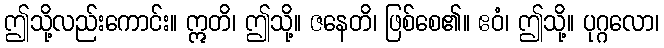
ဤသို့လည်းကောင်း။ ဣတိ၊ ဤသို့။ ဇနေတိ၊ ဖြစ်စေ၏။ ဧဝံ၊ ဤသို့။ ပုဂ္ဂလော၊